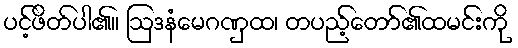
ပင့်ဖိတ်ပါ၏။ ဩဒနံမေဂဏှထ၊ တပည့်တော်၏ထမင်းကို